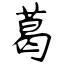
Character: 葛